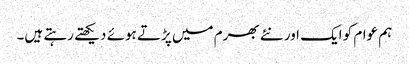
ہم عوام کو ایک اور نئے بھرم میں پڑتے ہوئے دیکھتے رہتے ہیں۔